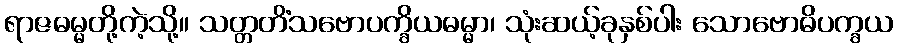
ရာဇဓမ္မတို့ကဲ့သို့။ သတ္တတိံသဗောပက္ခိယဓမ္မာ၊ သုံးဆယ့်ခုနှစ်ပါး သောဗောဓိပက္ခယ